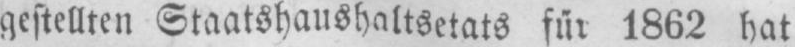
gestellten Staatshaushaltsetats für 1862 hat